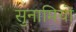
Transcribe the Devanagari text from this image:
सुनामियों